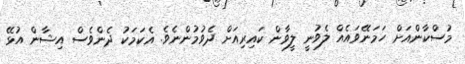
މުސްކާންއަށް ހަމަނޭވައެއް ލެވުނީ ލީވާން ކައިރިއަށް ދެވުމުންނެވެ. އެކަމަކު ދެންވެސް އިޝާން އުޅޭ